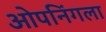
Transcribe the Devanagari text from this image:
ओपनिंगला